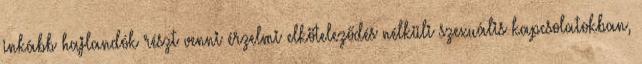
inkább hajlandók részt venni érzelmi elköteleződés nélküli szexuális kapcsolatokban,